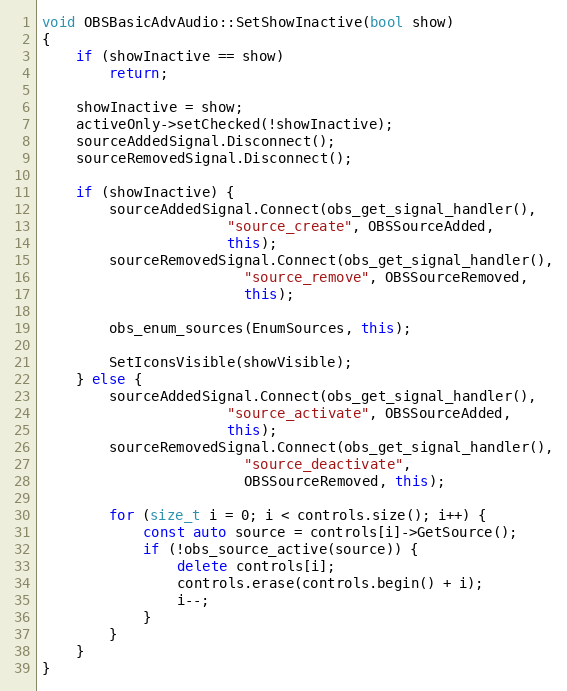
Language: C++
void OBSBasicAdvAudio::SetShowInactive(bool show)
{
	if (showInactive == show)
		return;

	showInactive = show;
	activeOnly->setChecked(!showInactive);
	sourceAddedSignal.Disconnect();
	sourceRemovedSignal.Disconnect();

	if (showInactive) {
		sourceAddedSignal.Connect(obs_get_signal_handler(),
					  "source_create", OBSSourceAdded,
					  this);
		sourceRemovedSignal.Connect(obs_get_signal_handler(),
					    "source_remove", OBSSourceRemoved,
					    this);

		obs_enum_sources(EnumSources, this);

		SetIconsVisible(showVisible);
	} else {
		sourceAddedSignal.Connect(obs_get_signal_handler(),
					  "source_activate", OBSSourceAdded,
					  this);
		sourceRemovedSignal.Connect(obs_get_signal_handler(),
					    "source_deactivate",
					    OBSSourceRemoved, this);

		for (size_t i = 0; i < controls.size(); i++) {
			const auto source = controls[i]->GetSource();
			if (!obs_source_active(source)) {
				delete controls[i];
				controls.erase(controls.begin() + i);
				i--;
			}
		}
	}
}